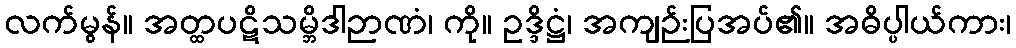
လက်မွန်။ အတ္ထပဋိသမ္ဘိဒါဉာဏံ၊ ကို။ ဥဒ္ဒိဋ္ဌံ၊ အကျဉ်းပြအပ်၏။ အဓိပ္ပါယ်ကား၊